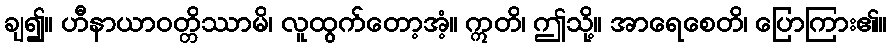
ချ၍။ ဟီနာယာဝတ္တိဿာမိ၊ လူထွက်တော့အံ့။ ဣတိ၊ ဤသို့။ အာရေစေတိ၊ ပြောကြား၏။